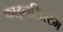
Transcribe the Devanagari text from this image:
फाइलसिस्टम